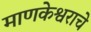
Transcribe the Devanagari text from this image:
माणकेश्वराचे